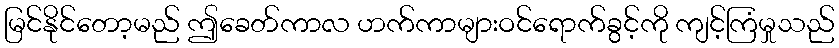
မြင်နိုင်တော့မည် ဤခေတ်ကာလ ဟက်ကာများဝင်ရောက်ခွင့်ကို ကျင့်ကြံမှုသည်